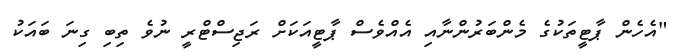
"އެހެން ޕާޓީތަކުގެ މެންބަރުންނާއި އެއްވެސް ޕާޓީއަކަށް ރަޖިސްޓްރީ ނުވެ ތިބި ގިނަ ބައަކު